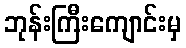
ဘုန်းကြီးကျောင်းမှ